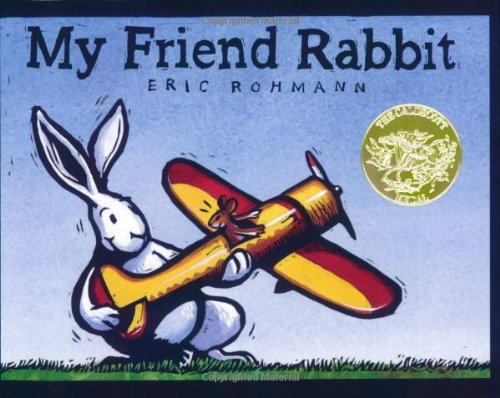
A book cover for My Friend Rabbit; Eric Rohmann; Children's Books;